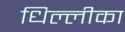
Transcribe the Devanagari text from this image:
धिल्लीका